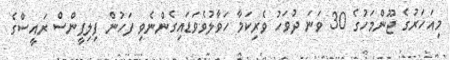
މިއަހަރުގެ ޖޫންމަހުގެ 30 ވަނަ ދުވަހު ވެރިކަމާ ހަވާލުވެވަޑައިގެންނެވި ފަހުން ފިލިޕީންސް ރައީސްގެ